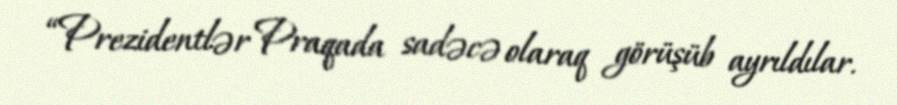
“Prezidentlər Praqada sadəcə olaraq görüşüb ayrıldılar.